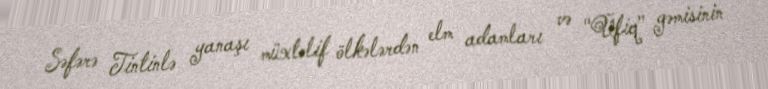
Səfərə Tintinlə yanaşı müxtəlif ölkələrdən elm adamları və "Üfiq" gəmisinin